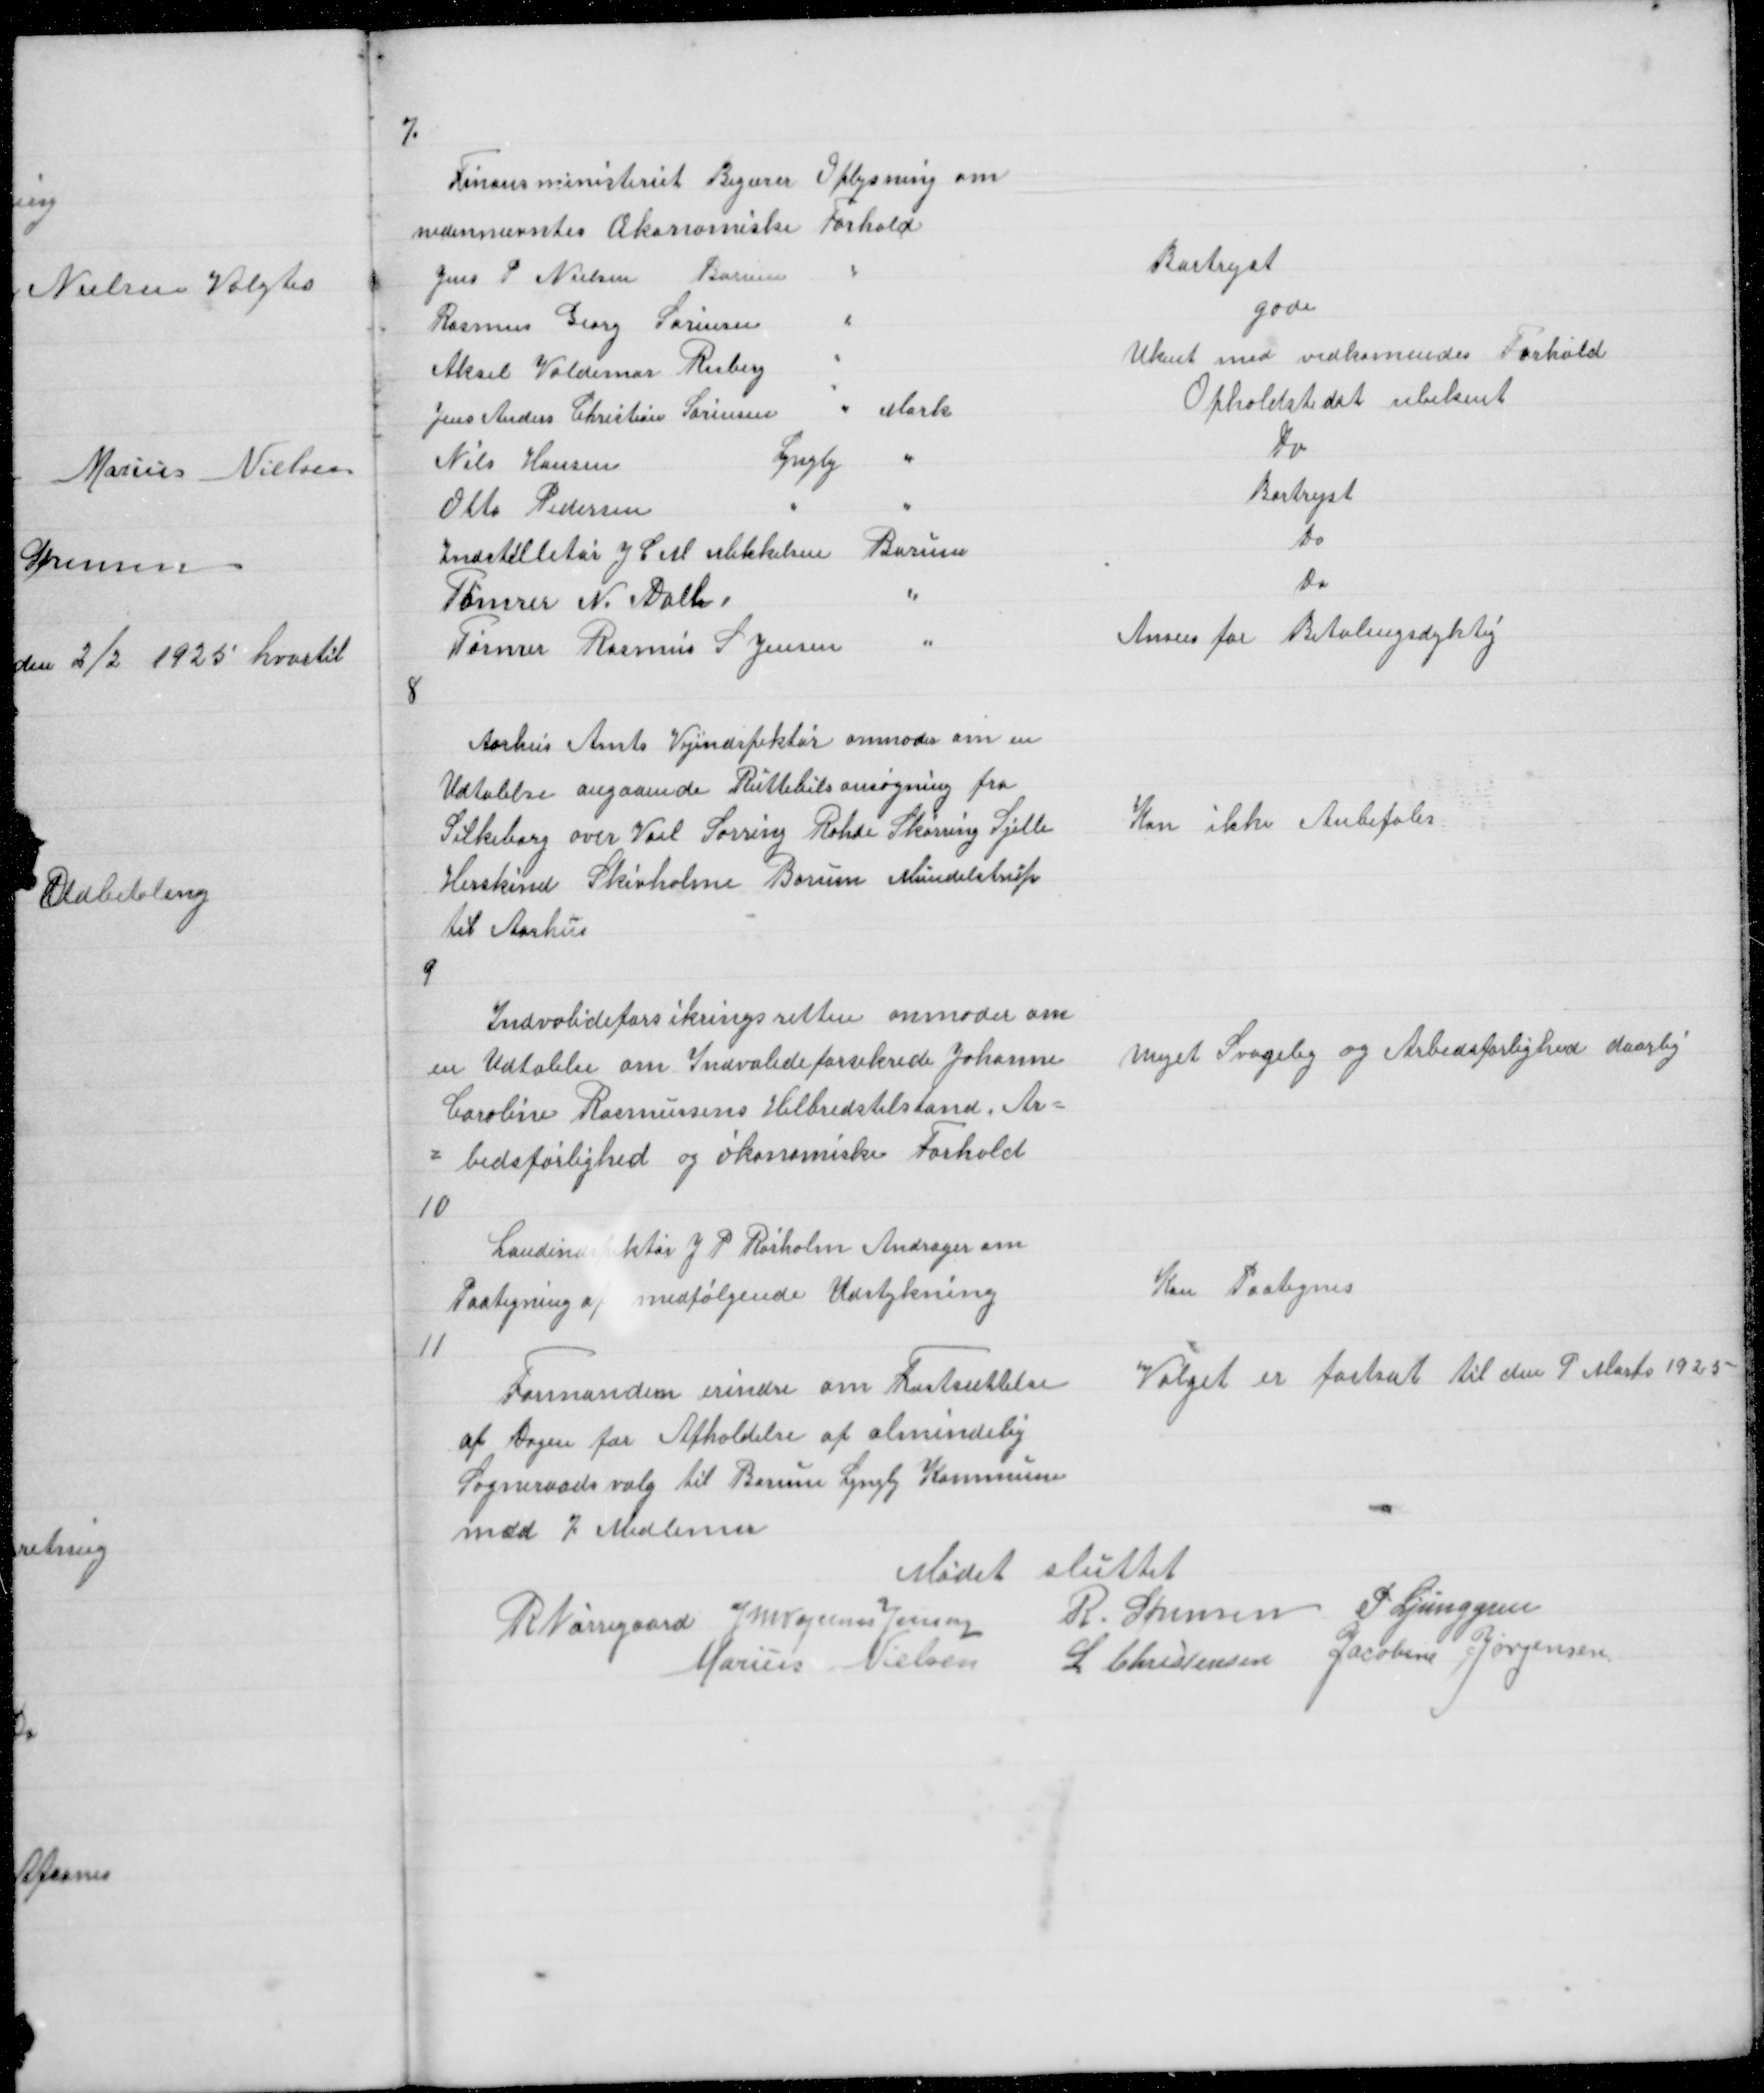
Transskription:
7

8

Aarhus Amts Vejindspektør anmoder om en
Udtalelse angaaende Ruttebilsansøgning fra
Silkeborg over Voel Sorring Rohde Skørring Sjelle
Herskind Skivholme Borum Mundelstrup
til Aarhus

Kan ikke Anbefales

9

Indvalideforsikringsretten anmoder om
en Udtalelse om Indvalideforsikrede Johanne
Caroline Rasmussens Helbredstilstand Ar =
= bedsførlighed og økonomiske Forhold
10

meget Svagelig og Arbedsførlighed daarlig

Landindspektør J P Rørholm Andrager om
Paategning af medfølgende Udstykning

Kan Paategnes

11

Formanden erindre om Fastsættelse
af Dagen for Afholdelse af almindelig
Sogneraadsvalg til Borum Lyngby Kommune
med 7 Medlemer

Valget er fastsat til den 9 Marts 1925

Mødet sluttet

R Nørregaard J M Vogelius Jensen
R. Sørensen P Ljunggren
Marius Nielsen L Christensen Jacobine Jørgensen